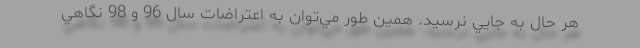
هر حال به جايي نرسيد. همين طور مي‌توان به اعتراضات سال 96 و 98 نگاهي